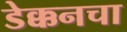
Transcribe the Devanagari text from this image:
डेक्कनचा